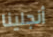
أنجلينا